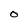
Character: o